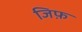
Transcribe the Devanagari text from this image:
जिफ़